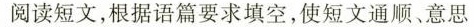
阅读短文,根据语篇要求填空，使短文通顺、意思